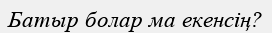
Батыр болар ма екенсің?